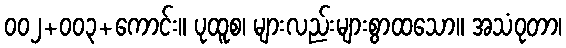
၀၀၂+၀၀၃+ကောင်း။ ပုထူစ၊ များလည်းများစွာထသော။ အသံဝုတာ၊